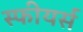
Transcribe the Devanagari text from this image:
स्फीयर्स